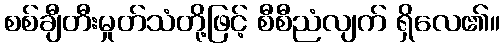
စစ်ချီတီးမှုတ်သံတို့ဖြင့် စီစီညံလျက် ရှိလေ၏။